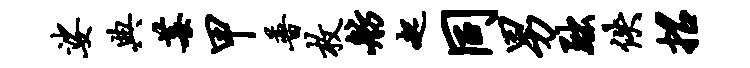
娑典莓甲普枚舫起同男黜佚招